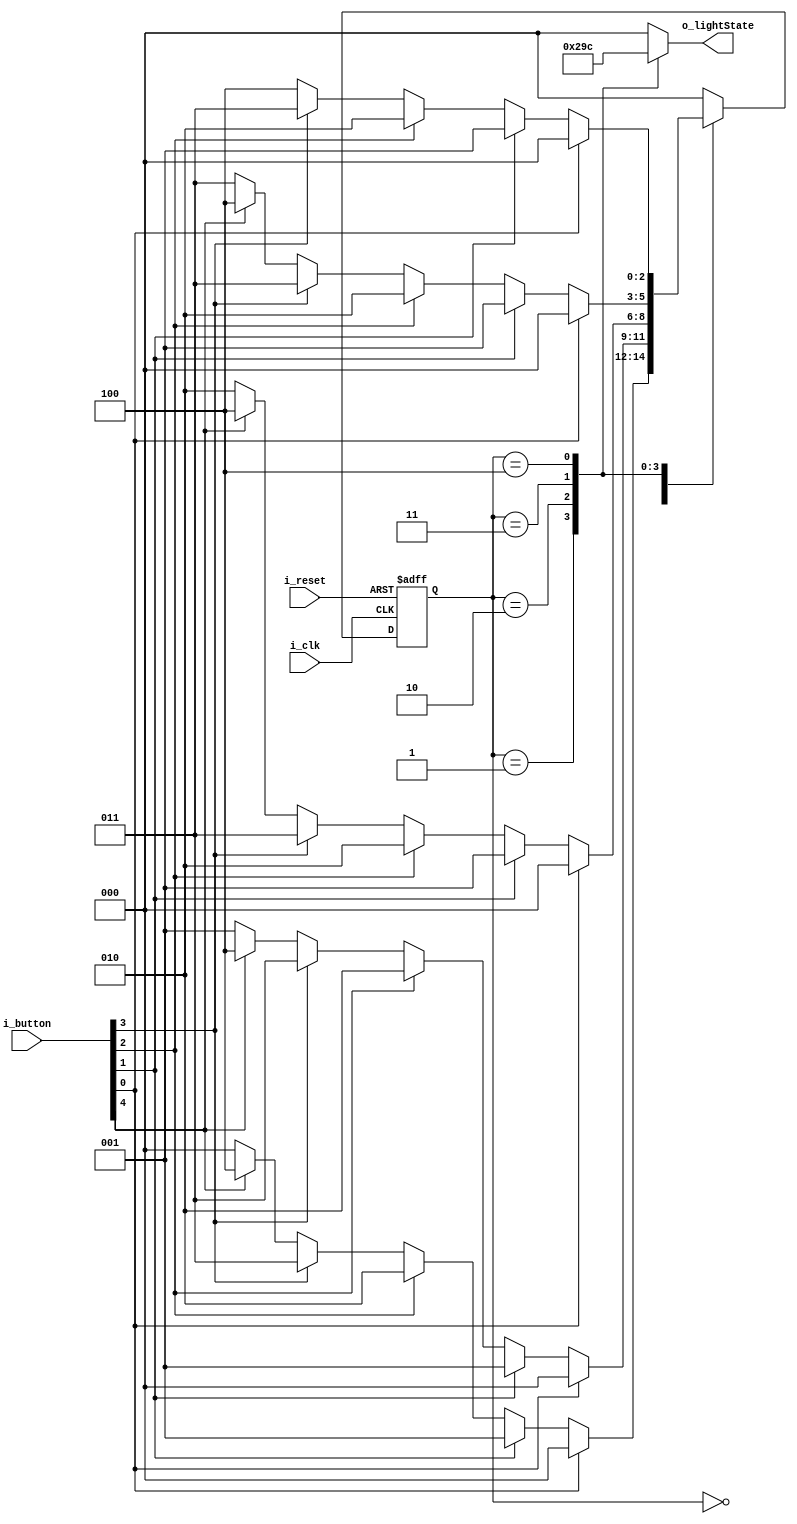
module FSM_LED(
    input i_clk,
    input i_reset,
    input [4:0] i_button,
    output [2:0] o_lightState

    );

    parameter
        S_LS_0 = 3'b000,
        S_LS_1 = 3'b001,
        S_LS_2 = 3'b010,
        S_LS_3 = 3'b011,
        S_LS_4 = 3'b100;

    reg [2:0] curState, nextState;
    reg [2:0] r_lightState ; 
    assign o_lightState = r_lightState;

    always @(posedge i_clk or posedge i_reset) begin
        if(i_reset) curState <= S_LS_0;
        else        curState <= nextState;

    end

    always @(curState or i_button) begin
        case(curState)
            S_LS_0 : begin 
                if      (i_button[0]) nextState <= S_LS_0;
                else if (i_button[1]) nextState <= S_LS_1;
                else if (i_button[2]) nextState <= S_LS_2;
                else if (i_button[3]) nextState <= S_LS_3;
                else if (i_button[4]) nextState <= S_LS_4;
                else nextState <= S_LS_0;
            end
            S_LS_1 : begin
                if      (i_button[0]) nextState <= S_LS_0;
                else if (i_button[1]) nextState <= S_LS_1;
                else if (i_button[2]) nextState <= S_LS_2;
                else if (i_button[3]) nextState <= S_LS_3;
                else if (i_button[4]) nextState <= S_LS_4;
                else nextState <= S_LS_1;
            end
            S_LS_2 : begin
                if      (i_button[0]) nextState <= S_LS_0;
                else if (i_button[1]) nextState <= S_LS_1;
                else if (i_button[2]) nextState <= S_LS_2;
                else if (i_button[3]) nextState <= S_LS_3;
                else if (i_button[4]) nextState <= S_LS_4;
                else nextState <= S_LS_2;
            end
            S_LS_3 : begin
                if      (i_button[0]) nextState <= S_LS_0;
                else if (i_button[1]) nextState <= S_LS_1;
                else if (i_button[2]) nextState <= S_LS_2;
                else if (i_button[3]) nextState <= S_LS_3;
                else if (i_button[4]) nextState <= S_LS_4;
                else nextState <= S_LS_3;
            end
            S_LS_4 : begin
                if      (i_button[0]) nextState <= S_LS_0;
                else if (i_button[1]) nextState <= S_LS_1;
                else if (i_button[2]) nextState <= S_LS_2;
                else if (i_button[3]) nextState <= S_LS_3;
                else if (i_button[4]) nextState <= S_LS_4;
                else nextState <= S_LS_4;
            end

            default : nextState <= S_LS_0;
        endcase
    end

    always @(curState) begin
        
        case (curState)
            S_LS_0 : r_lightState <= 3'b000;
            S_LS_1 : r_lightState <= 3'b001;
            S_LS_2 : r_lightState <= 3'b010;
            S_LS_3 : r_lightState <= 3'b011;
            S_LS_4 : r_lightState <= 3'b100;
            default  : r_lightState <= 3'b000;
        endcase
    end
endmodule